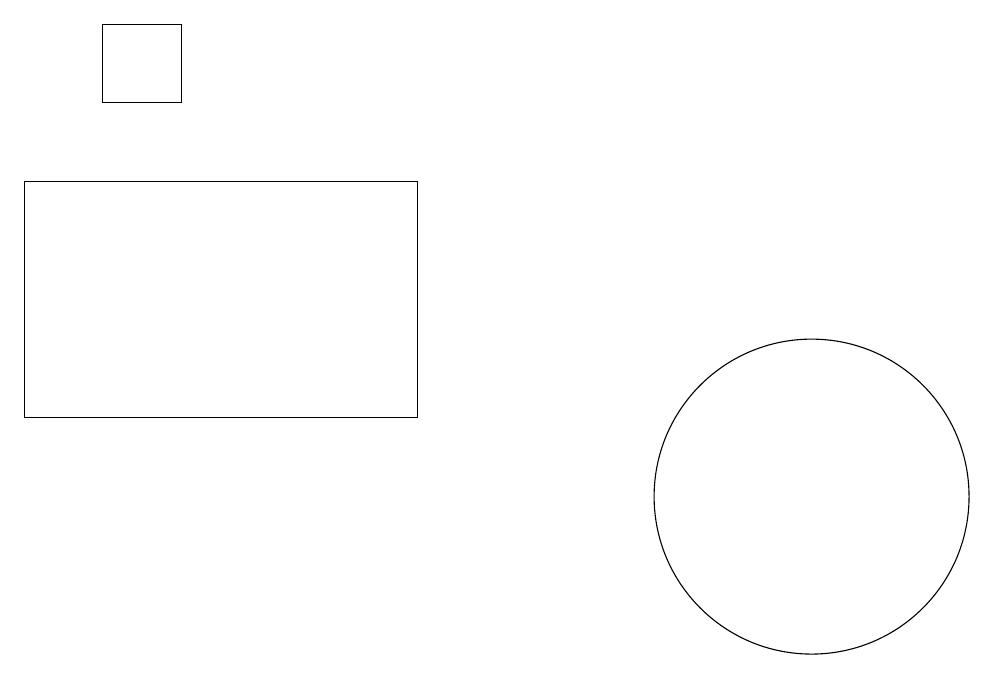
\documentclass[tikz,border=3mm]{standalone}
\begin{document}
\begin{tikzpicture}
\draw (0,15) rectangle (5,12);
\draw (10,11) circle (2);
\draw (1,16) rectangle (2,17);
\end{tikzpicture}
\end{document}